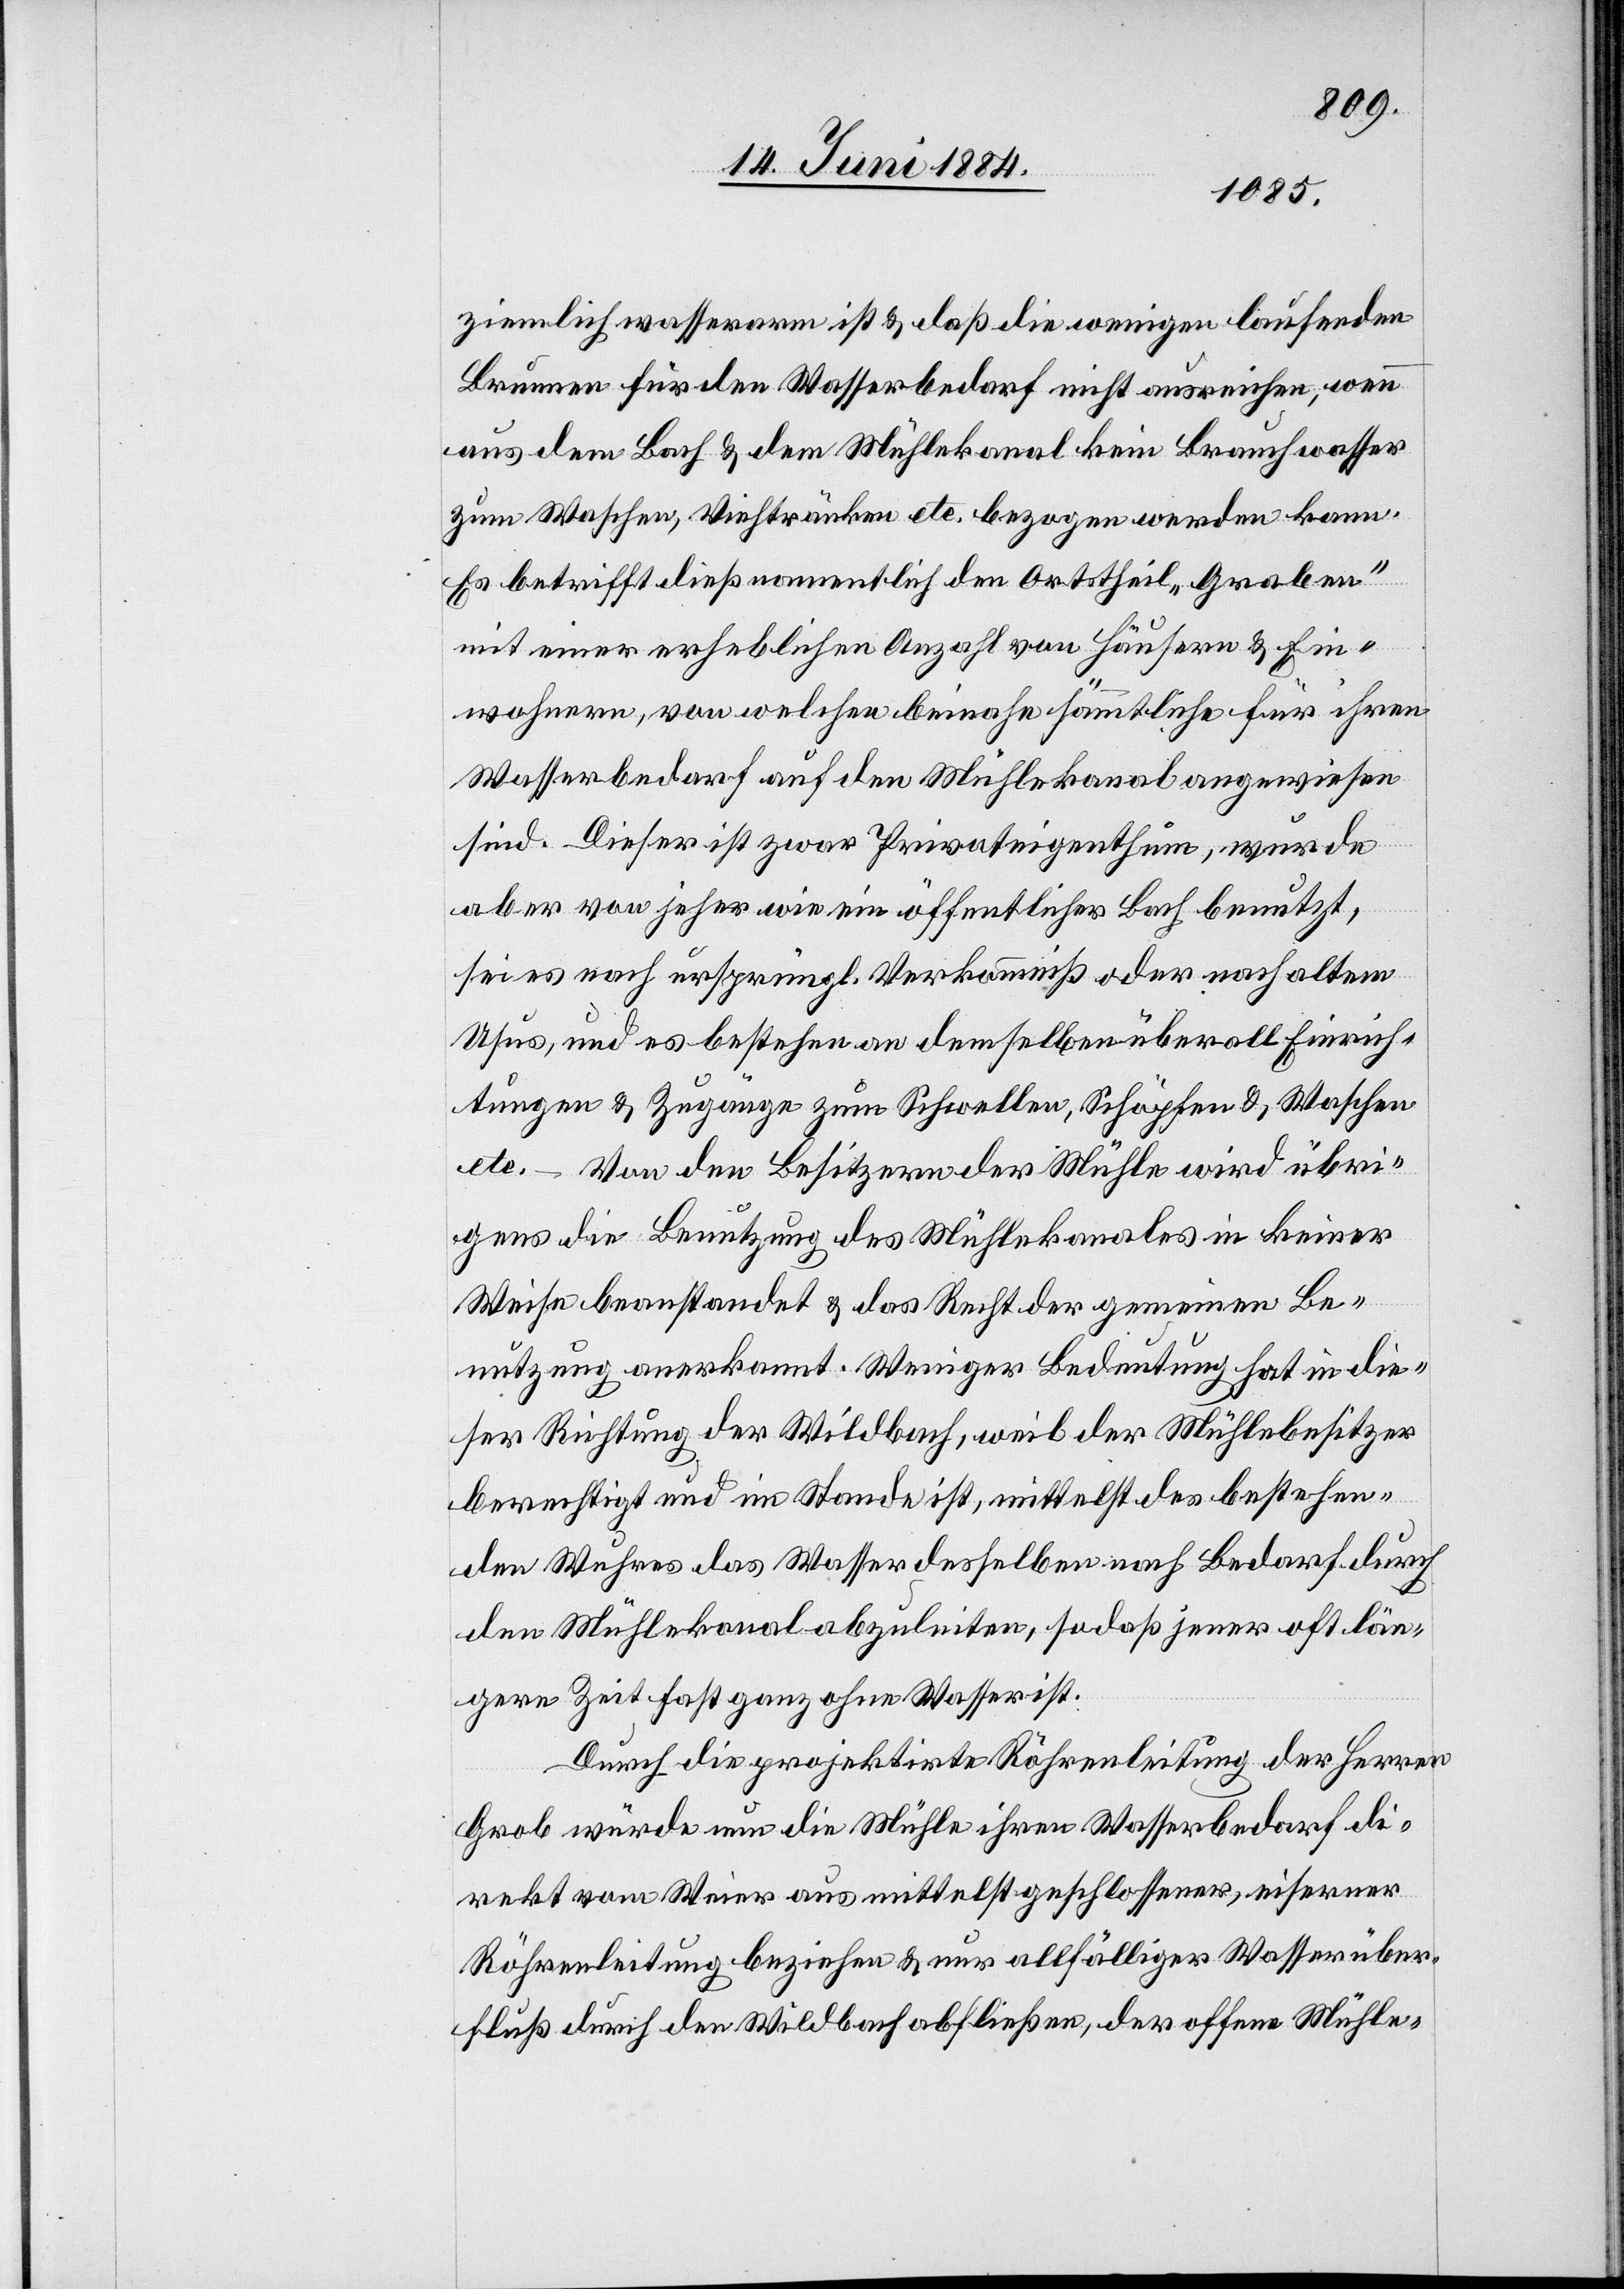
ziemlich wasserarm ist & daß die wenigen laufenden
Brunnen für den Wasserbedarf nicht ausreichen, wenn
aus dem Bach & dem Mühlekanal kein Brauchwasser
zum Waschen, Viehtränken etc. bezogen werden kann.
Es betrifft dieß namentlich den Ortstheil „Graben“
mit einer erheblichen Anzahl von Häusern & Ein¬
wohnern, von welchen beinahe sämmtliche für ihren
Wasserbedarf auf den Mühlekanal angewiesen
sind. Dieser ist zwar Privateigenthum, wurde
aber von jeher wie ein öffentlicher Bach benutzt,
sei es nach ursprüngl. Verkommniß oder nach altem
Usus, und es bestehen an demselben überall Einrich¬
tungen & Zugänge zum Schwellen, Schöpfen & Waschen
etc. Von den Besitzern der Mühle wird übri¬
gens die Benutzung des Mühlekanales in keiner
Weise beanstandet & das Recht der gemeinen Be¬
nutzung anerkannt. Weniger Bedeutung hat in die¬
ser Richtung der Wildbach, weil der Mühlebesitzer
berechtigt und im Stande ist, mittelst des bestehen¬
den Wuhres das Wasser desselben nach Bedarf durch
den Mühlekanal abzuleiten, so daß jener oft län¬
gere Zeit fast ganz ohne Wasser ist.
Durch die projektirte Röhrenleitung der Herren
Grob würde nun die Mühle ihren Wasserbedarf di¬
rekt vom Weier aus mittelst geschlossener, eiserner
Röhrenleitung beziehen & nur allfälliger Wasserüber¬
fluß durch den Wildbach abfließen, der offene Mühle-